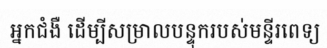
អ្នកជំងឺ ដើម្បីសម្រាលបន្ទុករបស់មន្ទីរពេទ្យ